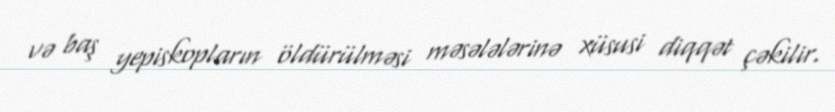
və baş yepiskopların öldürülməsi məsələlərinə xüsusi diqqət çəkilir.